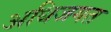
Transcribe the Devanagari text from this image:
अधिजगत